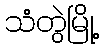
သံတွဲမြို့